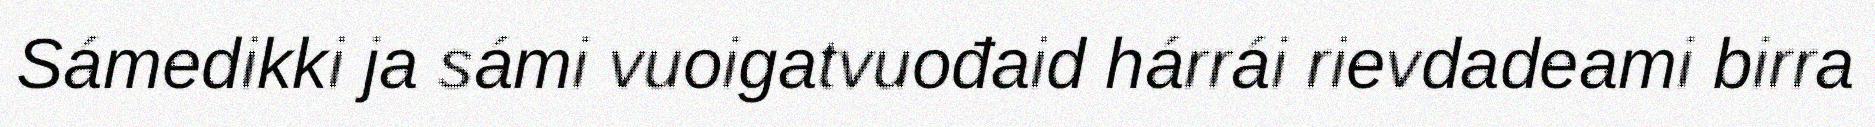
Sámedikki ja sámi vuoigatvuođaid hárrái rievdadeami birra